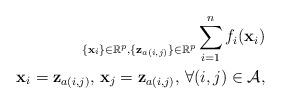
LaTeX: \begin{align*} \underset{\{\mathbf{x}_i\} \in \mathbb{R}^p,\{\mathbf{z}_{a(i,j)}\} \in \mathbb{R}^p}{} \sum_{i=1}^n f_i(\mathbf{x}_i) \\ \mathbf{x}_i = \mathbf{z}_{a(i,j)},\,\mathbf{x}_j = \mathbf{z}_{a(i,j)},\, \forall (i,j) \in \mathcal{A}, \end{align*}